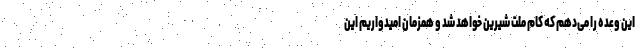
این وعده را می‌دهم که کام ملت شیرین خواهد شد و همزمان امیدواریم این